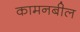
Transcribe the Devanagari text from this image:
कामनबील